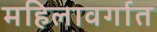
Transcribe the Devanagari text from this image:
महिलावर्गात